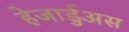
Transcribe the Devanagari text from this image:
हेजार्डुअस